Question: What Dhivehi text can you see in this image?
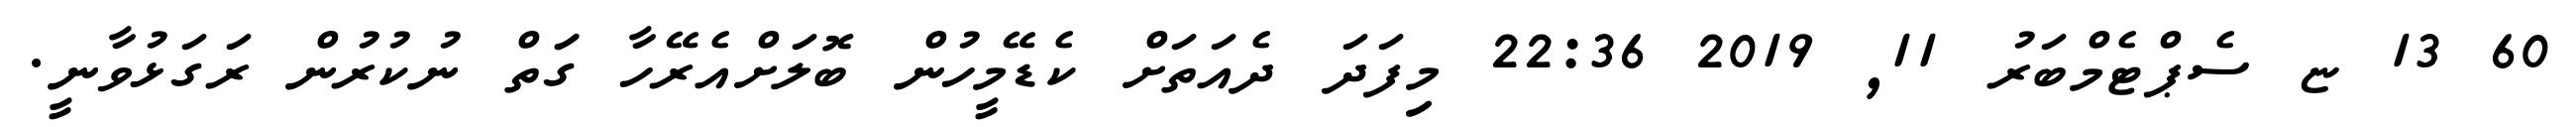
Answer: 60 13 ޏ ސެޕްޓެމްބަރު 11, 2019 22:36 މިފަދަ ދެއަތަށް ކެޑޭމީހުން ބޮލަށްއެރޭހާ ގަަތް ނުކުރުން ރަގަޅުވާނީ.